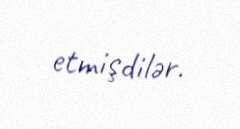
etmişdilər.